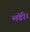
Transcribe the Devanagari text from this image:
मंडी।